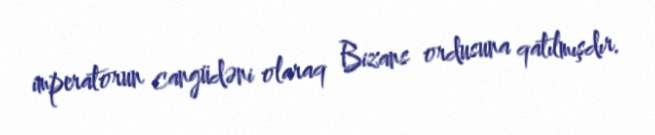
imperatorun cangüdəni olaraq Bizans ordusuna qatılmışdır.